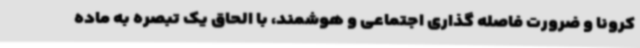
کرونا و ضرورت فاصله گذاری اجتماعی و هوشمند، با الحاق یک تبصره به ماده